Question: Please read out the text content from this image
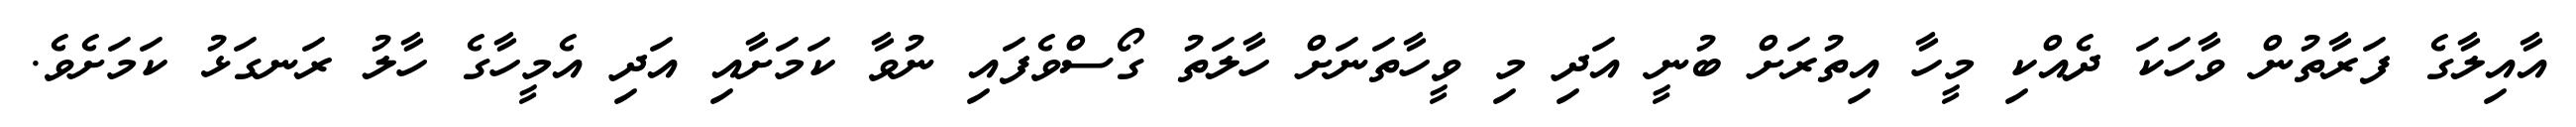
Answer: އާއިލާގެ ފަރާތުން ވާހަކަ ދެއްކި މީހާ އިތުރަށް ބުނީ އަދި މި ވީހާތަނަށް ހާލަތު ގޯސްވެފައި ނުވާ ކަމަށާއި އަދި އެމީހާގެ ހާލު ރަނގަޅު ކަމަށެވެ.